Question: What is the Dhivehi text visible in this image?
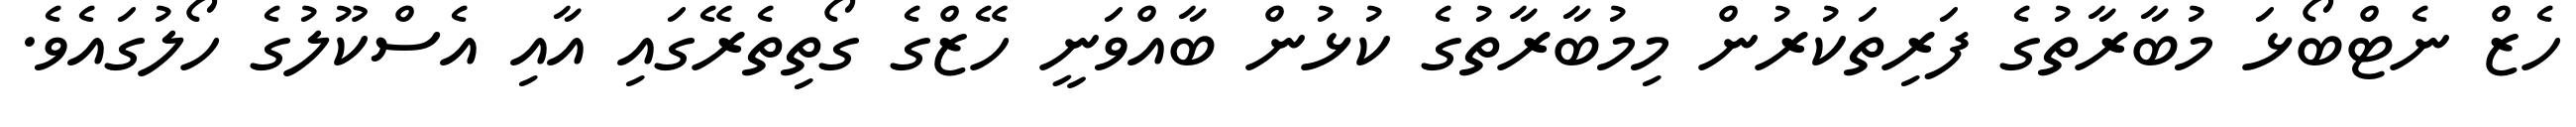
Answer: ހެޒް ނެޓްބޯޅަ މުބާރާތުގެ ފަރިތަކުރުން މިމުބާރާތުގެ ކުޅުން ބާއްވަނީ ހޭޒްގެ ގޯތިތެރޭގައި އާއި އެސްކޫލުގެ ހޯލުގައެވެ.